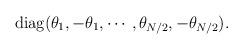
LaTeX: \begin{align*}{\rm diag}(\theta_1,-\theta_1,\cdots,\theta_{N/2},-\theta_{N/2}). \end{align*}